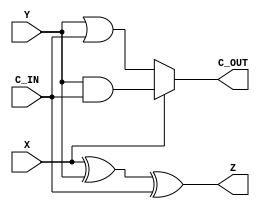
`timescale 1ns / 1ps
`default_nettype none
//////////////////////////////////////////////////////////////////////////////////
// 
// Module Name:    subtract 
// Description: 
//
//////////////////////////////////////////////////////////////////////////////////
module subtract_1bit(
   X,
   Y,
   C_IN,
   Z,
   C_OUT
);
	//port definitions
	input  wire X;
	input  wire Y;
	input  wire C_IN;
	output wire Z;
	output wire C_OUT;
   
   // Assignments to output. We use complex expressions in place of explicit
   // temporaries where 
   assign Z = (X^Y)^C_IN;
   assign C_OUT = X ? (Y & C_IN) : (Y | C_IN);

endmodule
`default_nettype wire